Medical and sanitary report of the native army of Bengal for the year
Year: 1874
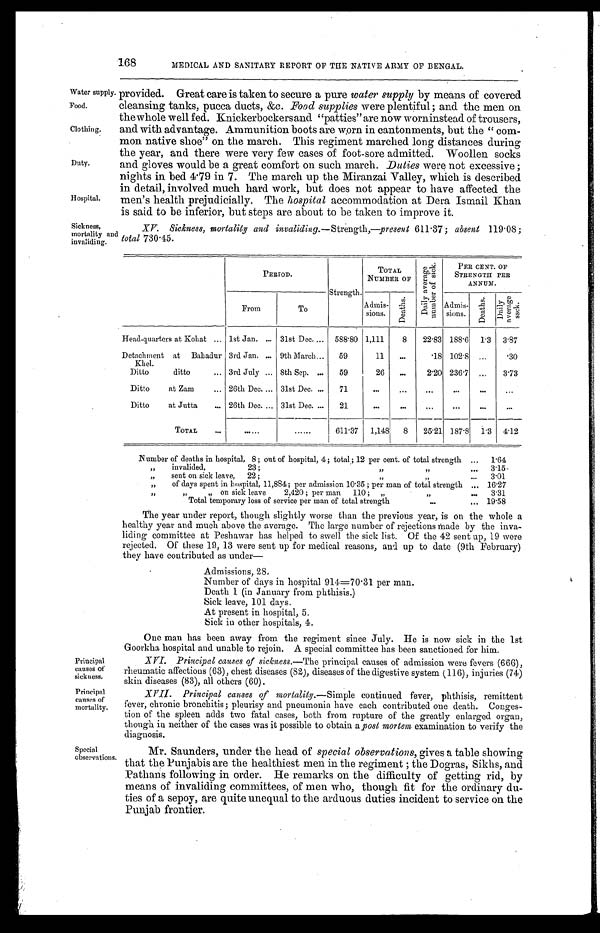
Water supply.
Food.
Clothing.
Duty.
Principal
causes of
sickness.
Principal
causes of
mort al i t y.
168
MEDICAL AND SANITARY REPORT OF THE NATIVE ARMY OF BENGAL.
Hospital.
provided. Great care is taken to secure a pure water supply by means of covered
cleansing tanks, pucca ducts, &c. Food supplies were plentiful ; and the men on
the whole well fed. Knickerbockers and "patties" are now worninstead of trousers,
and with advantage. Ammunition boots are worn in cantonments, but the "com-
mon native shoe" on the march. This regiment marched long distances during
the year, and there were very few cases of foot-sore admitted. Woollen socks
and gloves would be a great comfort on such march. Duties were not excessive ;
nights in bed 4.79 in 7 . The march up the Miranzai Valley, which is described
in detail, involved much hard work, but does not appear to have affected the
men's health prejudicially. The hospital accommodation at Dera Ismail Khan
is said to be inferior, but steps are about to be taken to improve it.
Sickness,
mortality and
invaliding.
Special
observations.
XV. Sickness, mortality and invaliding. —Strength,—present 611.37 ; absent 119.08 ;
total 730.45.
PERIOD.
Strength.
T O T A L
NUMBER OF
D a i l y a v e r a g e n u m b e r o f s i c k .
PER CENT. OF
STRENGTH PER
ANNUM.
From
To
Admis- s i o n s .
D e a t h s .
Admis-
sions.
D e a t h s .
D a i l y a v e r a g e s s c k .
Head-quarters at Kohat ... 1st Jan. ... 31st Dec.... 588.80 1,111
8 22.83 188.6 1.3 3.87
Detachment at Bahadur
Khel.
3rd Jan. ... 9th March... 59
11 ...
. 1 8
102.8 ...
.30
Ditto
ditto
... 3rd July ... 8th Sep. ... 59
26 ...
2.20 236.7 ... 3.73
Ditto
at Zam
. . . 26th Dec. ... 31st Dec. ... 71
. . .
. . .
. . . . . .
. . .
. . .
Ditto
at Jutta
... 26th Dec. ... 31st Dec. ... 21
. . .
. . .
. . . . . .
. . .
. . .
TOTAL
. . . ......
......
611.37 1,148 8 25.21 187.8 1.3 4.12
Number of deaths in hospital, 8 ; out of hospital, 4; total; 12 per cent. of total strength ... 1.64
„ invalided,
23 ;
,,
„
. . . 3.15
„ sent on sick leave, 22 ;
" "
. . .
3.01
„ of days spent in hospital, 11,884; per admission 10.35 ; per man of total strength ... 16.27
"
" " on sick leave
2,420 ; per man 110 ; „
"
. . . 3.31
Total temporary loss of service per man of total strength
. . .
... 19.58
The year under report, though slightly worse than the previous year, is on the whole a
healthy year and much above the average. The large number of rejections made by the inva-
liding committee at Peshawar has helped to swell the sick list. Of the 42 sent up, 19 were
rejected. Of these 19, 13 were sent up for medical reasons, and up to date (9th February)
they have contributed as under—
A d m i s s i o n s , 2 8 .
Number of days in hospital 914=70.31 per man.
Death 1 (in January from phthisis.)
Sick leave, 101 days.
At present in hospital, 5.
Sick in other hospitals, 4.
One man has been away from the regiment since July. He is now sick in the 1st
Goorkha hospital and unable to rejoin. A special committee has been sanctioned for him.
XVI. Principal causes of sickness. —The principal causes of admission were fevers (666),
rheumatic affections (63), chest diseases (82), diseases of the digestive system (116), injuries (74)
skin diseases (83), all others (60).
XVII. Principal causes of mortality. —Simple continued fever, phthisis, remittent
fever, chronic bronchitis ; pleurisy and pneumonia have each contributed one death. Conges-
tion of the spleen adds two fatal cases, both from rupture of the greatly enlarged organ,
though in neither of the cases was it possible to obtain a post mortem examination to verify the
diagnosis.
Mr. Saunders, under the head of special observations, gives a table showing
that the Punjabis are the healthiest men in the regiment ; the Dogras, Sikhs, and
Pathans following in order. He remarks on the difficulty of getting rid, by
means of invaliding committees, of men who, though fit for the ordinary du-
ties of a sepoy, are quite unequal to the arduous duties incident to service on the
Punjab frontier.